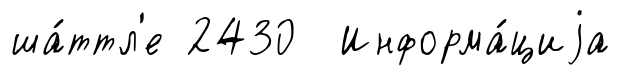
ша́ттл'е 2430 Информа́циjа